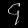
Digit: ၄